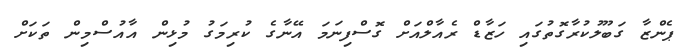
ޕެންޒާ ގަބޫލުކުރާގޮތުގައި ހަޒާޑް ރެއާލްއަށް ގޮސްފިނަމަ އޭނާގެ ކުރިމަގު މުޅިން އާއުސްމިން ތަކަށް